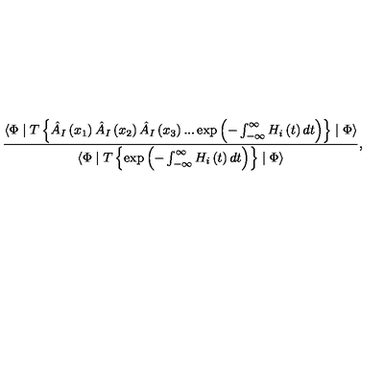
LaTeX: \frac { \langle \Phi \mid T \left\{ \hat { A } _ { I } \left( x _ { 1 } \right) \hat { A } _ { I } \left( x _ { 2 } \right) \hat { A } _ { I } \left( x _ { 3 } \right) . . . \exp \left( - \int _ { - \infty } ^ { \infty } H _ { i } \left( t \right) d t \right) \right\} \mid \Phi \rangle } { \langle \Phi \mid T \left\{ \exp \left( - \int _ { - \infty } ^ { \infty } H _ { i } \left( t \right) d t \right) \right\} \mid \Phi \rangle } ,